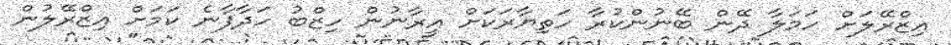
އިޒްރޭލަށް ހަމަލާ ދޭން ބޭނުންކުރާ ހަތިޔާރަކަށް އީރާނުން ހިޒްބު ހަދާފާނެ ކަމަށް އިޒްރޭލުން